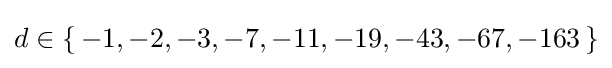
d\in \{\,-1,-2,-3,-7,-11,-19,-43,-67,-163\,\}